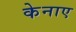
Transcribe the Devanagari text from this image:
केनाए